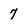
Character: 7